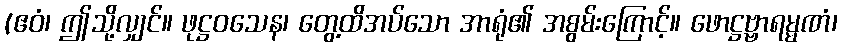
(ဧဝံ၊ ဤသို့လျှင်။ ဖုဋ္ဌဝသေန၊ တွေ့ထိအပ်သော အာရုံ၏ အစွမ်းကြောင့်။ ဖောဋ္ဌဗ္ဗာရမ္မဏံ၊